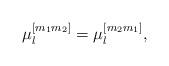
LaTeX: \begin{align*} \mu_l^{[m_1m_2]}=\mu_l^{[m_2m_1]},\end{align*}